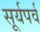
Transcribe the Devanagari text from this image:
सूर्यपर्व